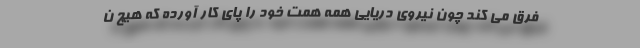
فرق می کند چون نیروی دریایی همه همت خود را پای کار آورده که هیچ ن